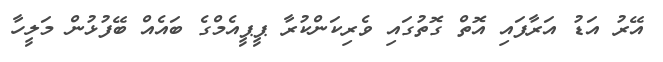
އޭރު އަޑު އަރާފައި އޮތް ގޮތުގައި ވެރިކަންކުރާ ޕީޕީއެމްގެ ބައެއް ބޭފުޅުން މަލީހާ